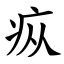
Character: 疭